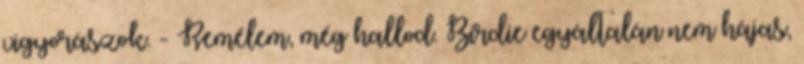
vigyorászok. - Remélem, még hallod. Birdie egyáltalán nem hájas,